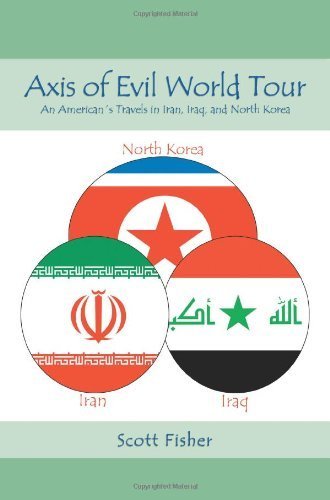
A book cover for Axis of Evil World Tour: An American?s Travels in Iran, Iraq, and North Korea by Fisher, Scott (2006) Paperback; Scott Fisher; Travel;